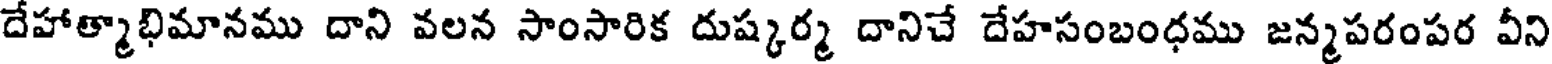
దేహాత్మాభిమానము దాని వలన సాంసారిక దుష్కర్మ దానిచే దేహసంబంధము జన్మపరంపర వీని